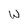
Character: W